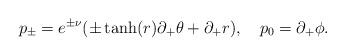
LaTeX: \begin{align*}p_\pm =e^{\pm \nu} (\pm \tanh (r) \partial_+ \theta +\partial_+ r),\quad p_0=\partial_+ \phi.\end{align*}